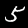
Digit: 5